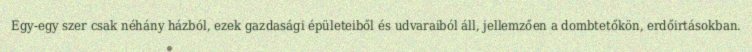
Egy-egy szer csak néhány házból, ezek gazdasági épületeiből és udvaraiból áll, jellemzően a dombtetőkön, erdőirtásokban.